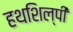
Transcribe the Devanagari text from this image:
हथशिल्पी